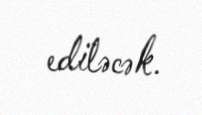
ediləcək.